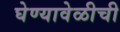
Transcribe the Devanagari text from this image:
घेण्यावेळीची